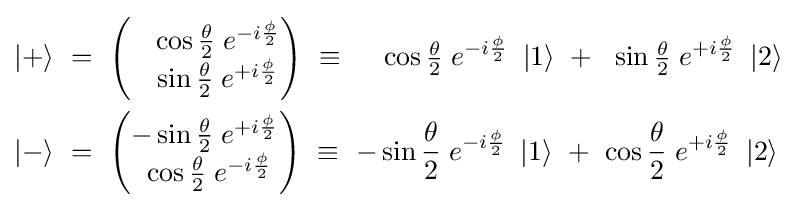
{\begin{aligned}\left|+\right\rangle \ &=\ {\begin{pmatrix}\;~\;\cos {\tfrac {\theta }{2}}\;e^{-i{\frac {\phi }{2}}}\\\;~\;\sin {\tfrac {\theta }{2}}\;e^{+i{\frac {\phi }{2}}}\\\end{pmatrix}}\ \equiv ~~~\;\cos {\tfrac {\theta }{2}}\;e^{-i{\frac {\phi }{2}}}\ \left|1\right\rangle \ +~\;\sin {\tfrac {\theta }{2}}\;e^{+i{\frac {\phi }{2}}}\ \left|2\right\rangle \\\left|-\right\rangle \ &=\ {\begin{pmatrix}-\sin {\frac {\theta }{2}}\;e^{+i{\frac {\phi }{2}}}\\~\cos {\frac {\theta }{2}}\;e^{-i{\frac {\phi }{2}}}\\\end{pmatrix}}\ \equiv \ -\sin {\frac {\theta }{2}}\;e^{-i{\frac {\phi }{2}}}\ \left|1\right\rangle \ +~\cos {\frac {\theta }{2}}\;e^{+i{\frac {\phi }{2}}}\ \left|2\right\rangle \\\end{aligned}}